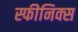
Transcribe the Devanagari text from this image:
स्फीनिक्स